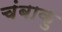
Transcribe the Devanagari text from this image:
चंबाकु